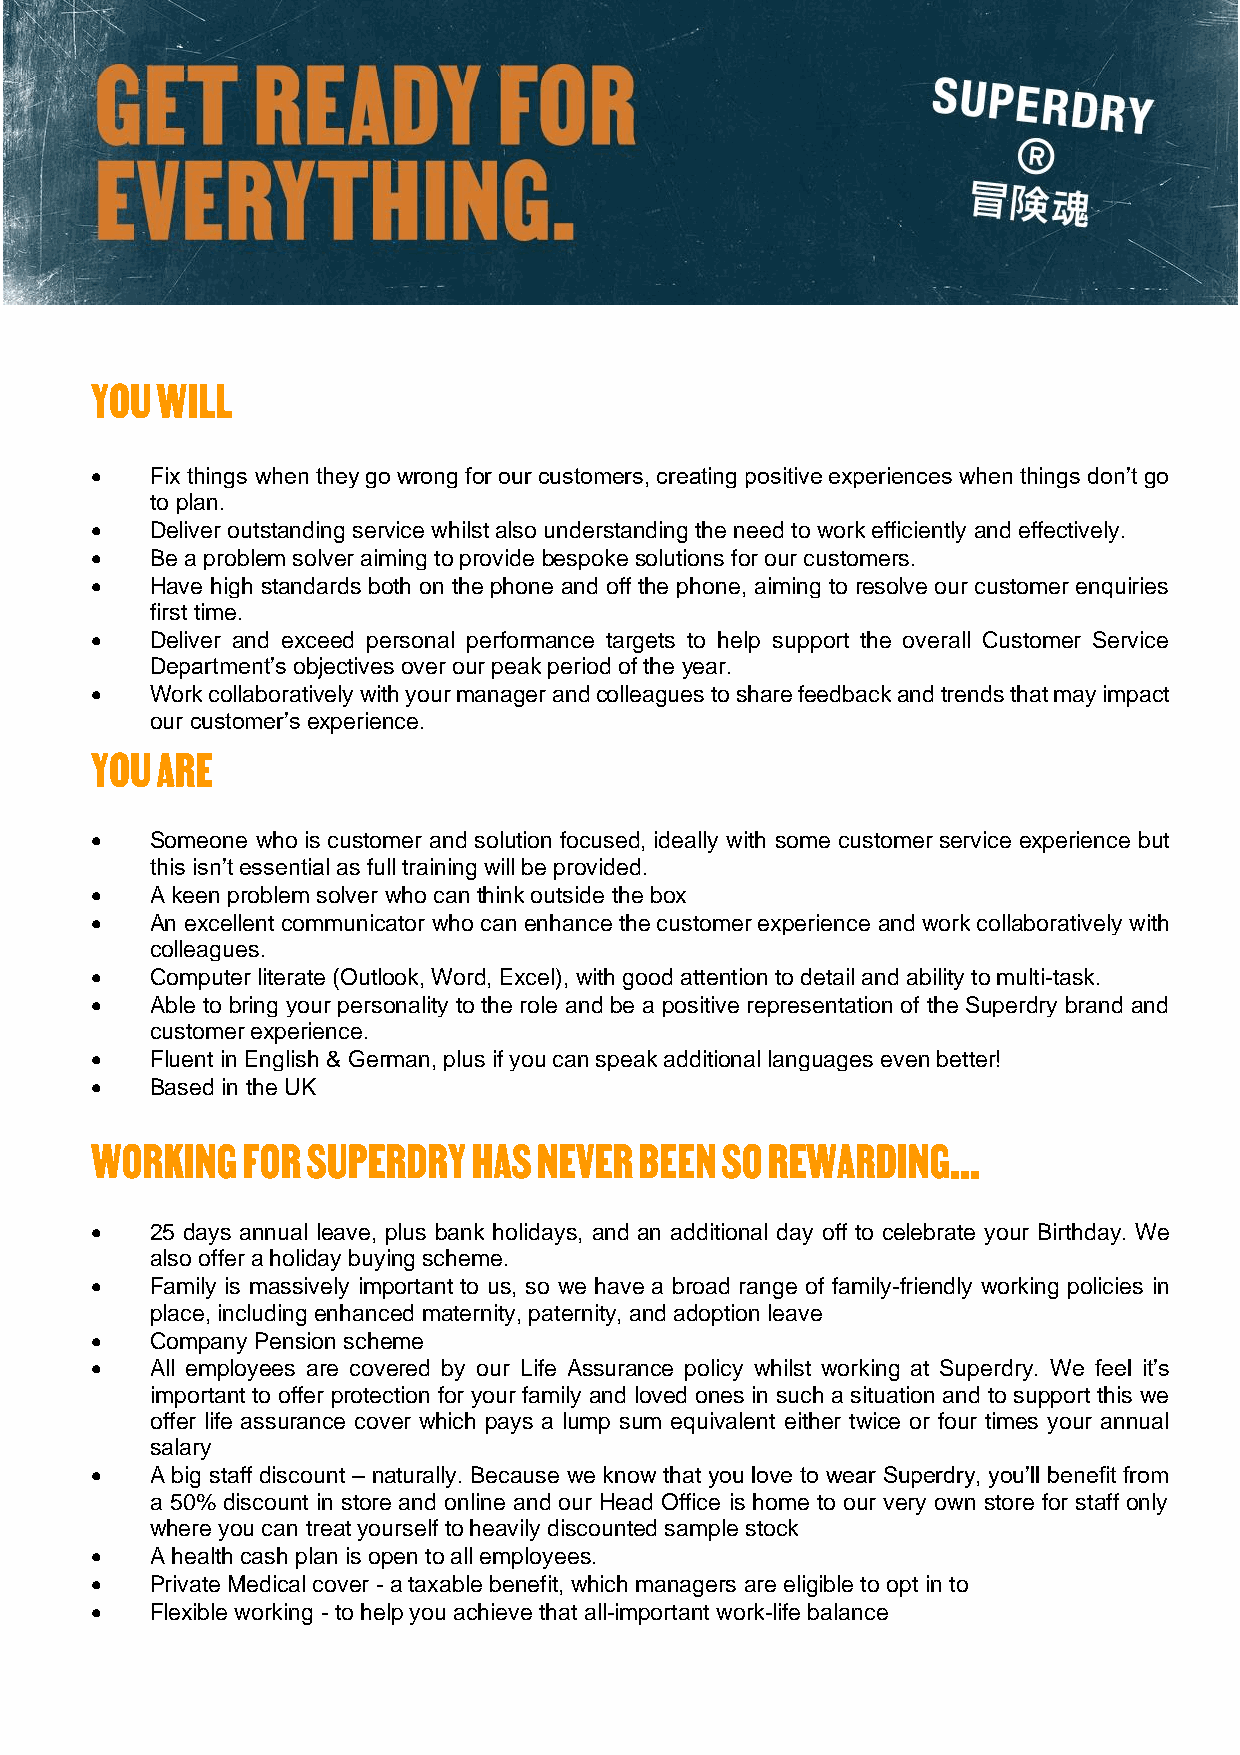
YOU WILL
 •   Fix things when they go wrong for our customers, creating positive experiences when things don’t go
 to plan.
 •   Deliver outstanding service whilst also understanding the need to work efficiently and effectively.
 •   Be a problem solver aiming to provide bespoke solutions for our customers.
 •   Have high standards both on the phone and off the phone, aiming to resolve our customer enquiries
 first time.
 •   Deliver and exceed personal performance targets to help support the overall Customer Service
 Department’s objectives over our peak period of the year.
 •   Work collaboratively with your manager and colleagues to share feedback and trends that may impact
 our customer’s experience.
 YOU ARE
 •   Someone who is customer and solution focused, ideally with some customer service experience but
 this isn’t essential as full training will be provided.
 •   A keen problem solver who can think outside the box
 •   An excellent communicator who can enhance the customer experience and work collaboratively with
 colleagues.
 •   Computer literate (Outlook, Word, Excel), with good attention to detail and ability to multi-task.
 •   Able to bring your personality to the role and be a positive representation of the Superdry brand and
 customer experience.
 •   Fluent in English & German, plus if you can speak additional languages even better!
 •   Based in the UK
 WORKING   FOR SUPERDRY   HAS  NEVER BEEN  SO REWARDING…..
 •   25 days annual leave, plus bank holidays, and an additional day off to celebrate your Birthday. We
 also offer a holiday buying scheme.
 •   Family is massively important to us, so we have a broad range of family-friendly working policies in
 place, including enhanced maternity, paternity, and adoption leave
 •   Company Pension scheme
 •   All employees are covered by our Life Assurance policy whilst working at Superdry. We feel it’s
 important to offer protection for your family and loved ones in such a situation and to support this we
 offer life assurance cover which pays a lump sum equivalent either twice or four times your annual
 salary
 •   A big staff discount – naturally. Because we know that you love to wear Superdry, you’ll benefit from
 a 50% discount in store and online and our Head Office is home to our very own store for staff only
 where you can treat yourself to heavily discounted sample stock
 •   A health cash plan is open to all employees.
 •   Private Medical cover - a taxable benefit, which managers are eligible to opt in to
 •   Flexible working - to help you achieve that all-important work-life balance